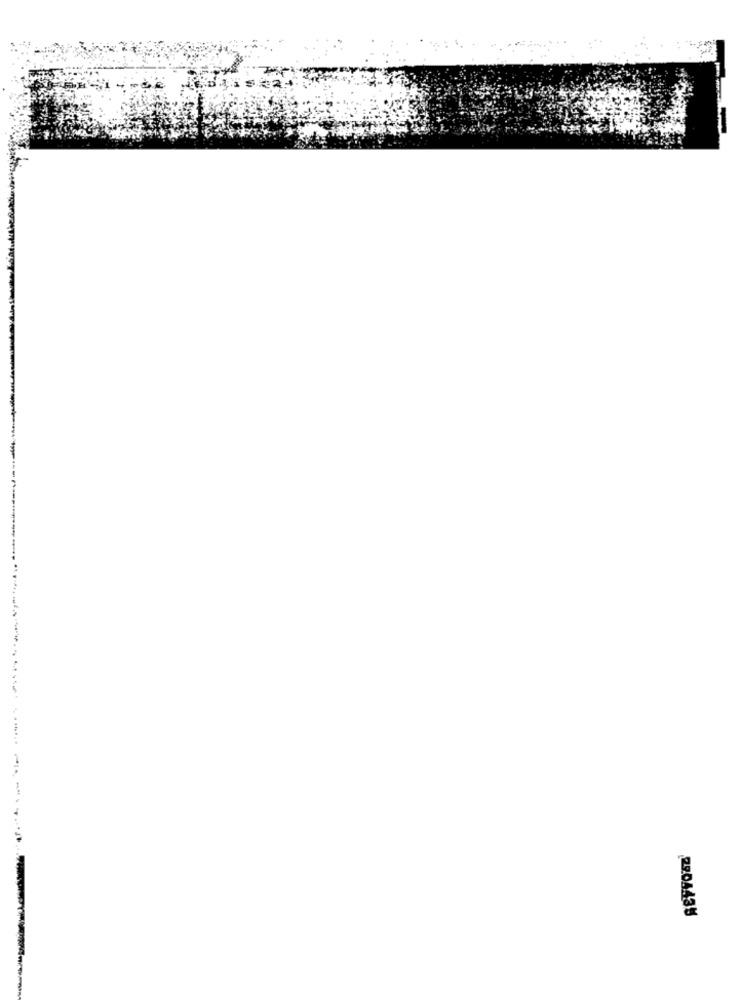
29.0443%